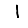
Digit: 1